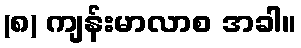
(၈) ကျန်းမာလာစ အခါ။